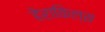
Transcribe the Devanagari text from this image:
हेराकिल्स